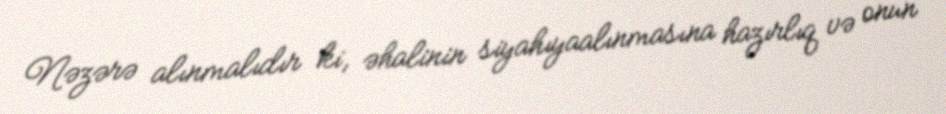
Nəzərə alınmalıdır ki, əhalinin siyahıyaalınmasına hazırlıq və onun